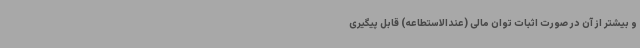
و بیشتر از آن در صورت اثبات توان مالی (عندالاستطاعه) قابل پیگیری